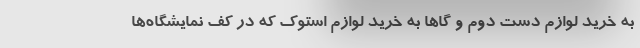
به خرید لوازم دست دوم و گاها به خرید لوازم استوک که در کف نمایشگاه‌ها